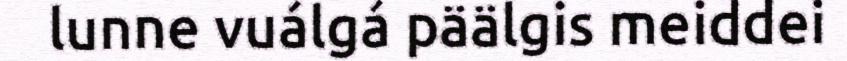
lunne vuálgá päälgis meiddei